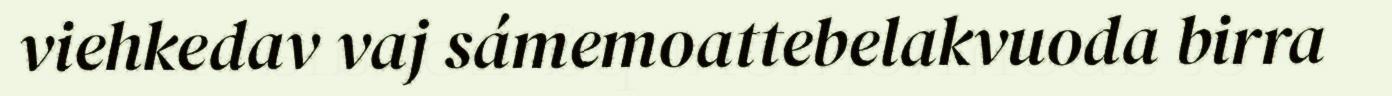
viehkedav vaj sámemoattebelakvuoda birra